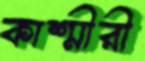
কাশ্মীরী